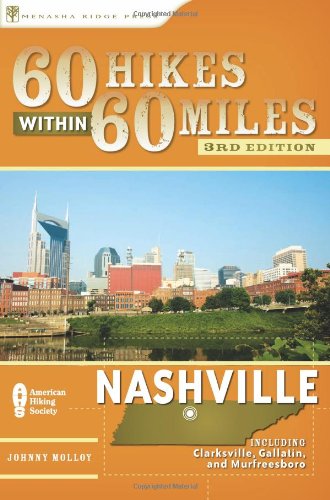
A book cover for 60 Hikes Within 60 Miles: Nashville: Including Clarksville, Columbia, Gallatin, and Murfreesboro; Johnny Molloy; Health, Fitness & Dieting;